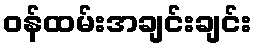
ဝန်ထမ်းအချင်းချင်း